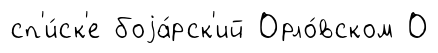
сп'и́ск'е боjа́рск'ий Орло́вском О